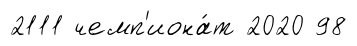
2111 чемп'иона́т 2020 98